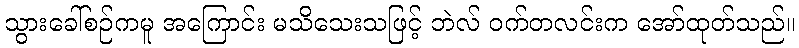
သွားခေါ်စဉ်ကမူ အကြောင်း မသိသေးသဖြင့် ဘဲလ် ဝက်တလင်းက အော်ထုတ်သည်။